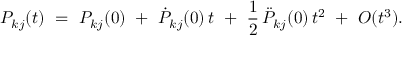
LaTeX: P _ { k j } ( t ) \ = \ P _ { k j } ( 0 ) \ + \ \dot { P } _ { k j } ( 0 ) \, t \ + \ \frac { 1 } { 2 } \, \ddot { P } _ { k j } ( 0 ) \, t ^ { 2 } \ + \ { \cal { O } } ( t ^ { 3 } ) .